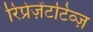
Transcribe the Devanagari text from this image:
रिप्रेज़ेंटटिव्ज़